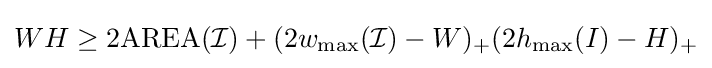
WH\geq 2\mathrm {AREA} ({\mathcal {I}})+(2w_{\max }({\mathcal {I}})-W)_{+}(2h_{\max }(I)-H)_{+}